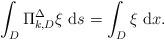
LaTeX: \begin{align*}\int_{D} \Pi_{k,D}^\Delta \xi\ {\rm d}s= \int_{D} \xi\ {\rm d}x.\end{align*}